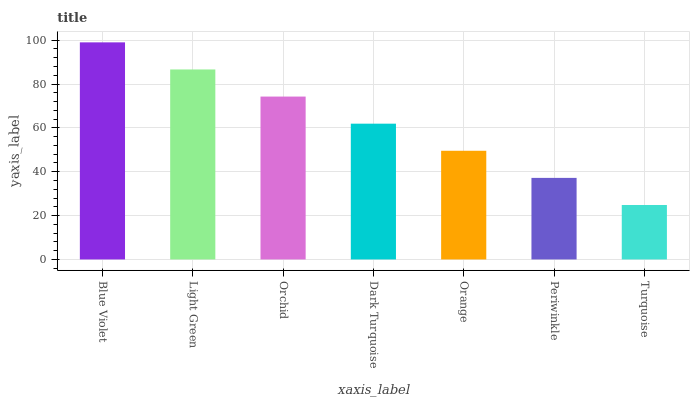
| xaxis_label | bars |
 | --- | --- |
 | Blue Violet | 99 |
 | Light Green | 86.6 |
 | Orchid | 74.3 |
 | Dark Turquoise | 61.9 |
 | Orange | 49.6 |
 | Periwinkle | 37.2 |
 | Turquoise | 24.8 |